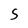
Character: S